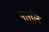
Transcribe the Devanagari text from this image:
पार्सले